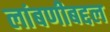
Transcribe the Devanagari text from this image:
लांबणीबद्दल